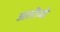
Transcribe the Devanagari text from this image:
अलोंजो